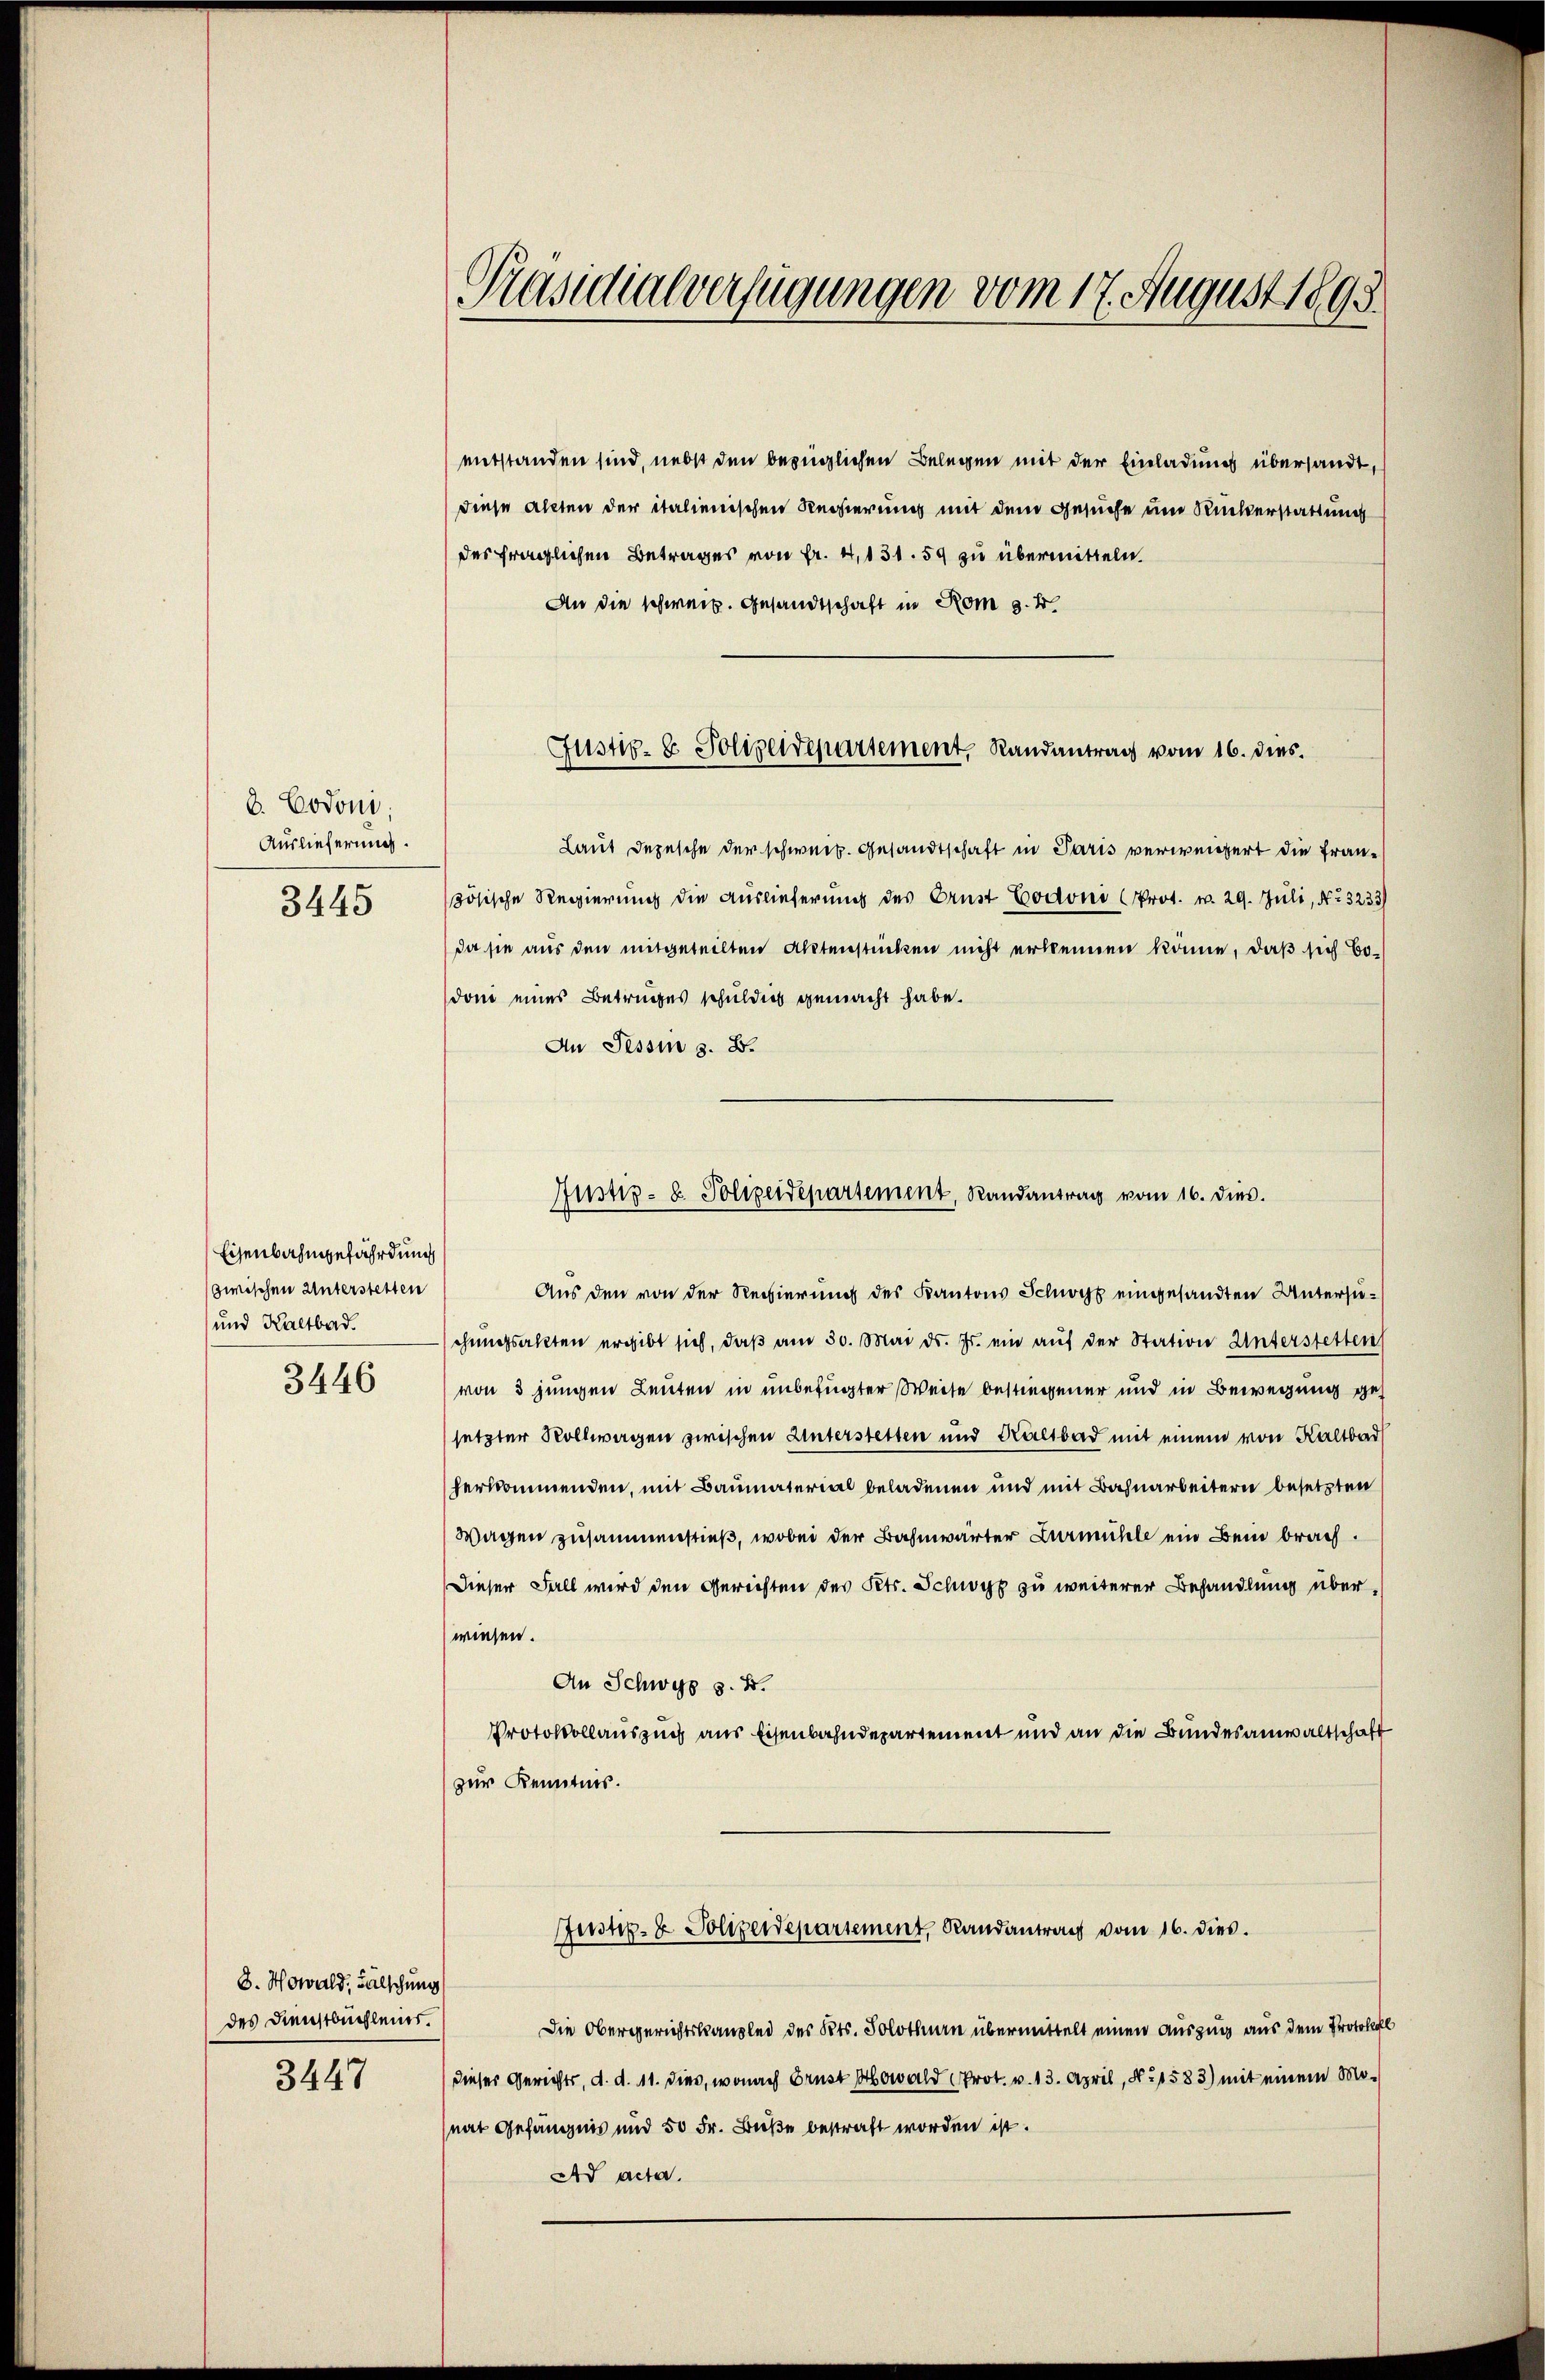
b. Codoni;
Auslieferung.

3445

Eisenbahngefährdung
zwischen Unterstetten
und Kaltbad

3446

8. Nowald, Fälschung
des Dienstbuchleins.

3447

Präsidialverfügungen vom 17. August 1893.

entstanden sind, nebst den bezüglichen Belegen mit der Einladung übersandt,
diese alten der italienischen Regierung mit dem Gesuche um Ruckerstattung
des fraglichen Betrages von Fr. 4, 131. 59 zu übermitteln.
An die schweiz. Gesandtschaft in Rom g. k.
Laut Depesche der schweiz. Gesandtschaft in Paris verweigert die Französische Regierung die Auslieferung des Ernst Codoni Prot. v. 29. Juli, No. 3233
da sie aus den mitgeteilten Aktenstücken nicht erkennen könne, daß sich bodom eines Betruges schuldig gemacht habe.
An Tessin s. B.
Aus den von der Regierung des Kantons Schwyz eingesandten Untersuchungsakten ergibt sich, daβ am 30. Mai d. Js. ein auf der Station Unterstetten
von 3 jungen Leuten in unbefugter Weise bestiegener und in Bewegung gesetzter Vollwagen zwischen Unterstetten und Kaltbad mit einem von Kaltbad
herkommenden, mit Baumaterial beladenen und mit Bahnarbeitern besetzten
Wachen zusammenstieß, wobei der Bahnwärter Zurmühle ein Bein brach¬
Dieser Fall wird den Gerichten des Petr. Schwyz zu weiterer Behandlung überwiesen.
An Schwyz z. B.
Protokollauszug aus Eisenbahndepartement und an die Bundesanwaltschaft
(zur Kenntnis.
Justiz- & Polizeidepartement, Randantrag vom 16. dies
Die Obergerichtskanzlei des Kts. Solothurn übermittelt einen Auszug aus dem Protokoll
dieser Gerichts, d. d. 11. dies, wonach Brust wald Prot. v. 13. April, N. 1583) mit einem Monat Gefängnis und 50 Fr. Buße bestraft worden ist.
Ad acta.

Gustiz- & Polizeidepartement, Randantrag vom 16. dies

Justiz- u. Polizeidepartement, Randantrag vom 16. dies.